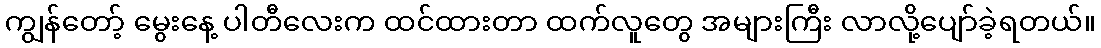
ကျွန်တော့် မွေးနေ့ ပါတီလေးက ထင်ထားတာ ထက်လူတွေ အများကြီး လာလို့ပျော်ခဲ့ရတယ်။